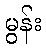
မွန်း